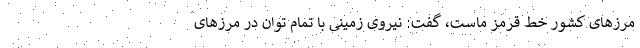
مرزهای کشور خط قرمز ماست، گفت: نیروی زمینی با تمام توان در مرزهای